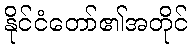
နိုင်ငံတော်၏အတိုင်